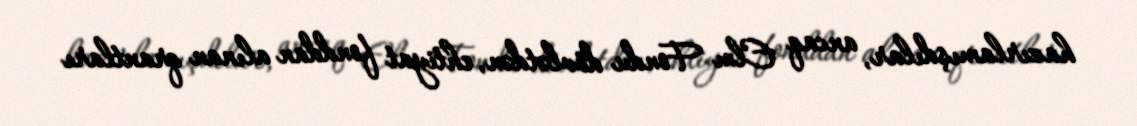
hazırlamışdılar, ancaq Elm Fondu dövlətdən, ehtiyat fonddan alınan qrantları